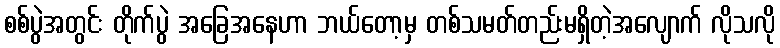
စစ်ပွဲအတွင်း တိုက်ပွဲ အခြေအနေဟာ ဘယ်တော့မှ တစ်သမတ်တည်းမရှိတဲ့အလျောက် လိုသလို